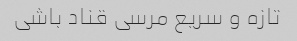
تازه و سریع مرسی قناد باشی